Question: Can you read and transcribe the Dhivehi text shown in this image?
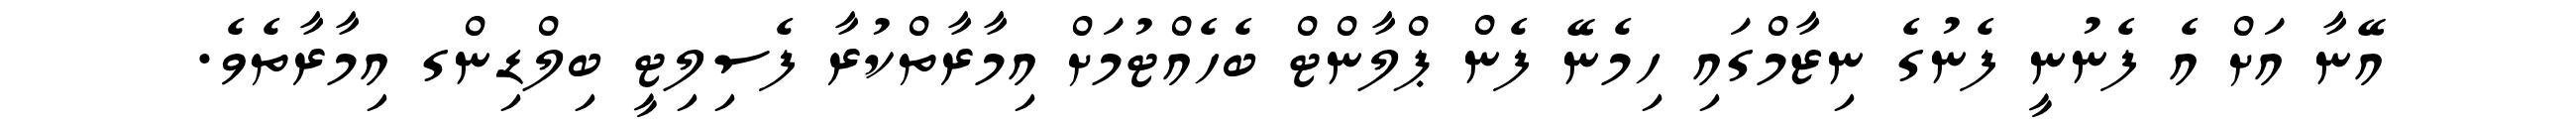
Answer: އޭނާ އަށް އެ ފެނުނީ ފެނުގެ ނިޒާމްގައި ހިމެނޭ ފެން ޕްލާންޓް ބެހެއްޓުމަށް އިމާރާތްކުރާ ފެސިލިޓީ ބިލްޑިންގ އިމާރާތެވެ.